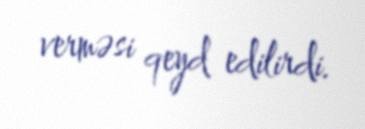
verməsi qeyd edilirdi.